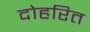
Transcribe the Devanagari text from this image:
दोहरित